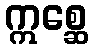
ဣစ္ဆေ